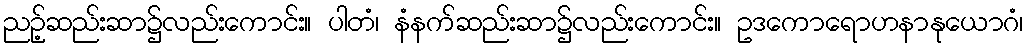
ညဉ့်ဆည်းဆာ၌လည်းကောင်း။ ပါတံ၊ နံနက်ဆည်းဆာ၌လည်းကောင်း။ ဥဒကောရောဟနာနုယောဂံ၊